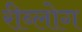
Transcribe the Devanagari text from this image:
रीब्लोग